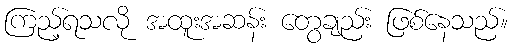
ကြည့်ရသလို အထူးအဆန်း တွေချည်း ဖြစ်နေသည်။